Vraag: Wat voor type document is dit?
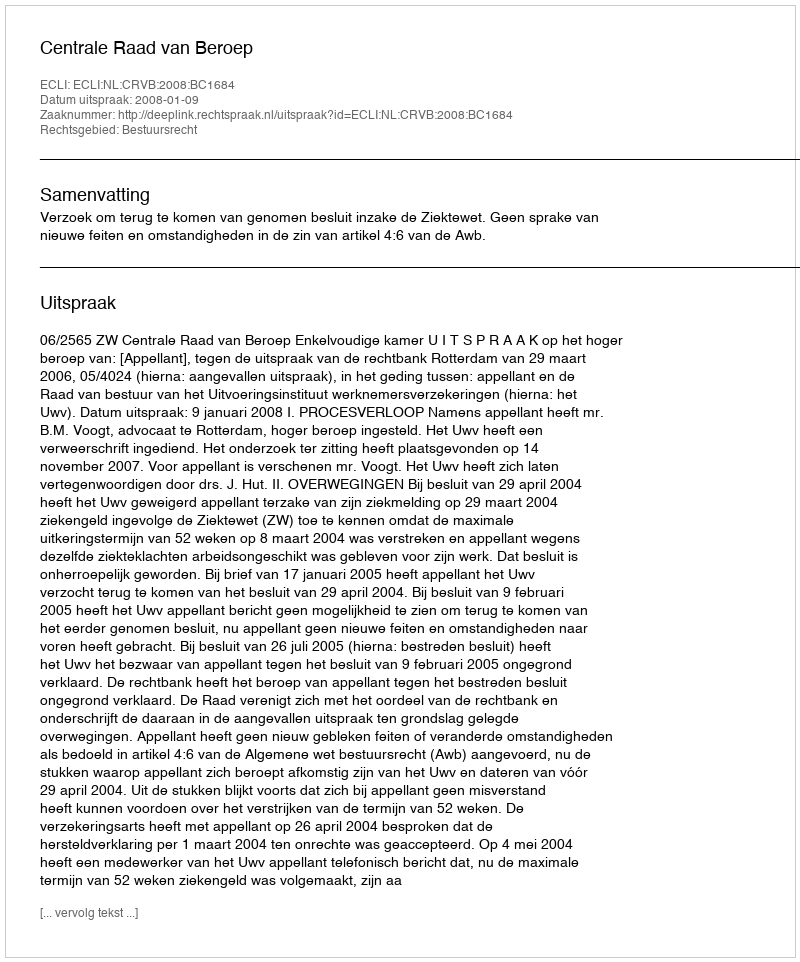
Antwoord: Uitspraak